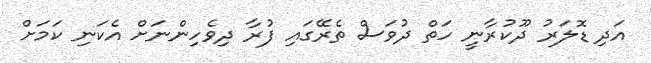
އަދި ޑޮލަރު ދޫކުރާނީ ހަތް ދުވަސް ތެރޭގައި ފުރާ ދިވެހިންނަށް އެކަނި ކަމަށް